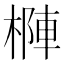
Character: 𣗑